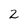
Character: 2